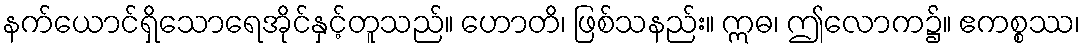
နက်ယောင်ရှိသောရေအိုင်နှင့်တူသည်။ ဟောတိ၊ ဖြစ်သနည်း။ ဣဓ၊ ဤလောက၌။ ဧကစ္စဿ၊